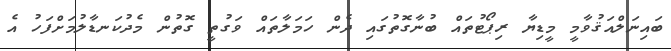
ބައިނަލްއަޤުވާމީ މީޑިޔާ ރިޕޯޓުތައް ބުނާގޮތުގައި ދެން ހަމަލާތައް ވަގުތީ ގޮތުން މެދުކަނޑާލުމަށްފަހު އެ